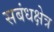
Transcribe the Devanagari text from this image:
सबंधक्षेत्र